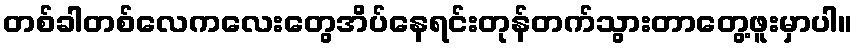
တစ်ခါတစ်လေကလေးတွေအိပ်နေရင်းတုန်တက်သွားတာတွေ့ဖူးမှာပါ။